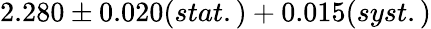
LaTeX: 2.280\pm 0.020(stat.)+0.015(syst.)